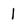
Character: I